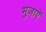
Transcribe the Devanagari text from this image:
भुजाऐं